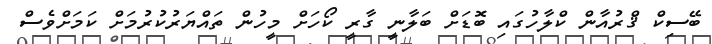
ބޭސިކް ޤްރުއާން ކްލާހުގައި ބޮޑަށް ބަލާނީ ގާރީ ކޯހަށް މީހުން ތައްޔަރުކުރުމަށް ކަމަށްވެސް